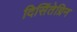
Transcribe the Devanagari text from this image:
दिसिंतेग्रिन